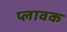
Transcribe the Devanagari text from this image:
प्लावक